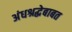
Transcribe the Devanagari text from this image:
अंधश्रद्धेबाबत